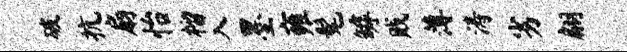
破抗扇怡榴入墨雍髦罅贱薄涛劣翩